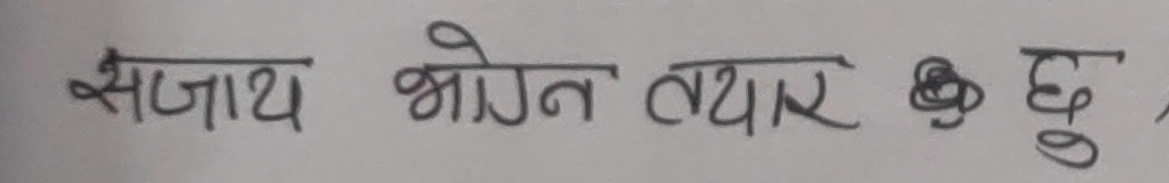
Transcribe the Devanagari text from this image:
सजाय भोजन तयार छ